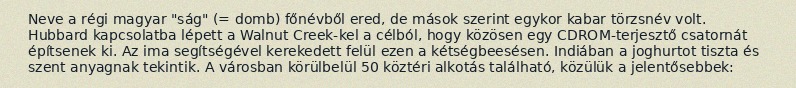
Neve a régi magyar "ság" (= domb) főnévből ered, de mások szerint egykor kabar törzsnév volt. Hubbard kapcsolatba lépett a Walnut Creek-kel a célból, hogy közösen egy CDROM-terjesztő csatornát építsenek ki. Az ima segítségével kerekedett felül ezen a kétségbeesésen. Indiában a joghurtot tiszta és szent anyagnak tekintik. A városban körülbelül 50 köztéri alkotás található, közülük a jelentősebbek: